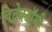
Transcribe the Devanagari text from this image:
विट्रेक्टॉमी